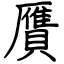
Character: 贋